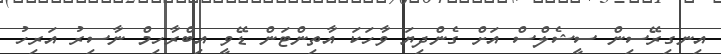
އިނގިރޭސިން ސީޝެލްސް އަށް ގެންދިޔަ ވާހަކަ އާތިންޓަން ޑޭވީ އިބްރާހިމް ނާސިރު އަރިހު